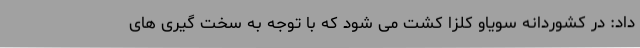
داد: در کشوردانه سویاو کلزا کشت می شود که با توجه به سخت گیری های